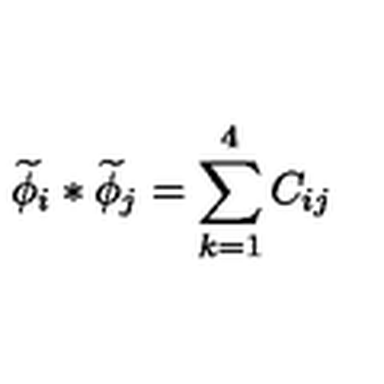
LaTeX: \widetilde { \phi } _ { i } \ast \widetilde { \phi } _ { j } = \sum _ { k = 1 } ^ { 4 } C _ { i j }